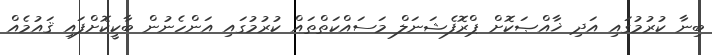
ބިނާ ކުރުމުގައި އަދި ޚާއްޞަކޮށް ޕްރޮފެޝަނަލް މަސައްކަތްތައް ކުރުމުގައި އަންހެނުން ބާކީކޮށްފައި ޤައުމެއް